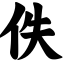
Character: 佚